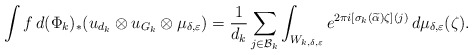
\begin{align*}\int f\,d(\Phi_{k})_{*}(u_{d_{k}}\otimes u_{G_{k}}\otimes \mu_{\delta,\varepsilon})=\frac{1}{d_{k}}\sum_{j\in \mathcal{B}_{k}}\int_{W_{k,\delta,\varepsilon}}e^{2\pi i [\sigma_{k}(\widetilde{\alpha})\zeta](j)}\,d\mu_{\delta,\varepsilon}(\zeta).\end{align*}